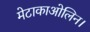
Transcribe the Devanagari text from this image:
मेटाकाओलिन।